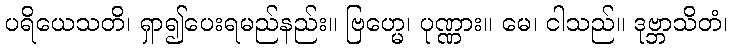
ပရိယေသတိ၊ ရှာ၍ပေးရမည်နည်း။ ဗြဟ္မေ၊ ပုဏ္ဏား။ မေ၊ ငါသည်။ ဒုဗ္ဘာသိတံ၊